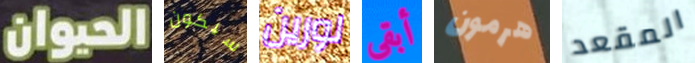
الحيوان سيكون لورين أبقى هرمون المقعد